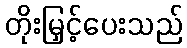
တိုးမြှင့်ပေးသည်